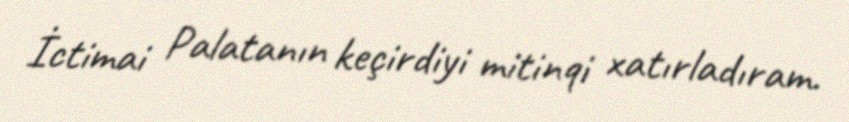
İctimai Palatanın keçirdiyi mitinqi xatırladıram.